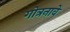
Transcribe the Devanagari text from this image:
गोत्रनावे